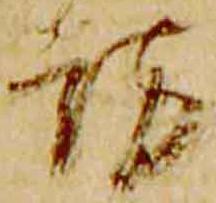
訪